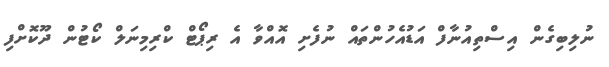
ނުލިބިގެން އިސްތިއުނާފް އަޑުއެހުންތައް ނުފެށި އޮއްވާ އެ ރިޕޯޓް ކްރިމިނަލް ކޯޓުން ދޫކޮށްފި